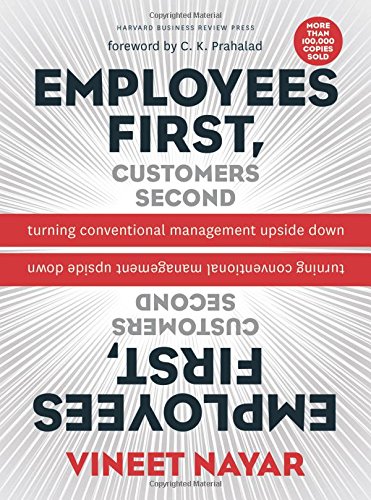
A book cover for Employees First, Customers Second: Turning Conventional Management Upside Down; Vineet Nayar; Computers & Technology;